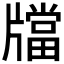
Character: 𤗾